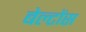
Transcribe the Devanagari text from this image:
बेल्टोंस